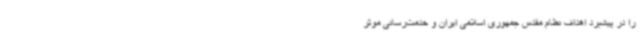
را در پیشبرد اهداف نظام مقدس جمهوری اسلامی ایران و خدمت‌رسانی موثر